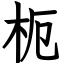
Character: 枙